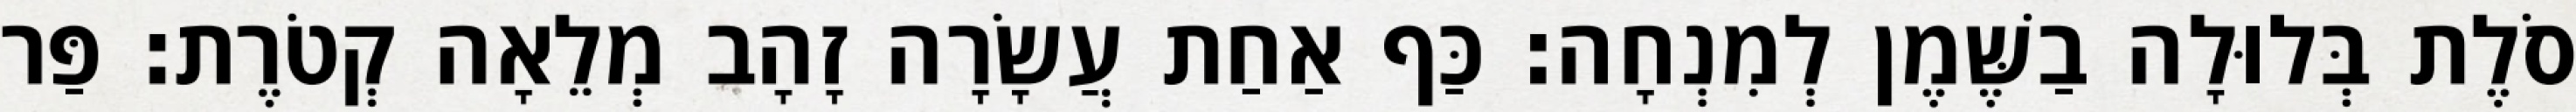
סֹלֶת בְּלוּלָה בַשֶּׁמֶן לְמִנְחָה׃ כַּף אַחַת עֲשָׂרָה זָהָב מְלֵאָה קְטֹרֶת׃ פַּר